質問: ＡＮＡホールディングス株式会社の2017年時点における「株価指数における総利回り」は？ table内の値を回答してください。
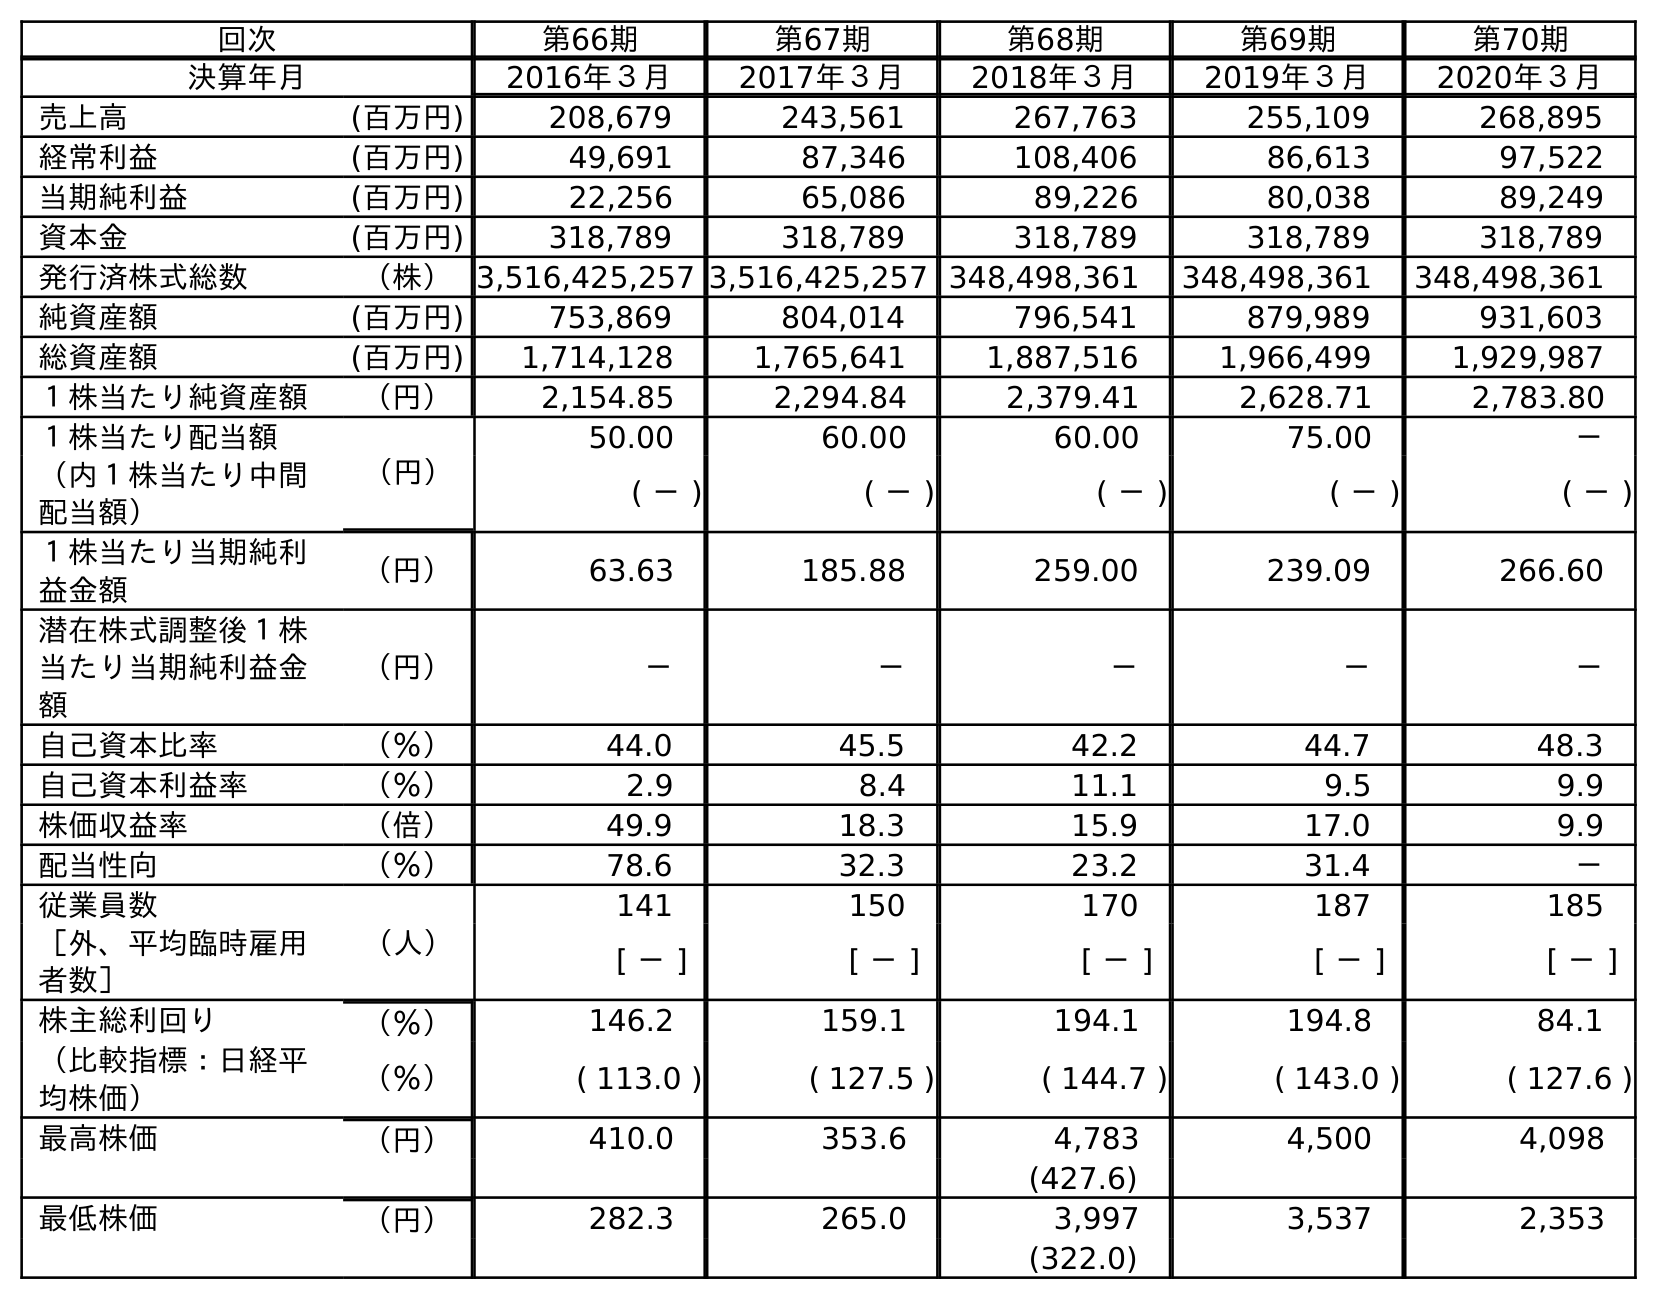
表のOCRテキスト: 回次 第66期 第67期 第68期 第69期 第70期 決算年月 2016年３月 2017年３月 2018年３月 2019年３月 2020年３月 売上高 (百万円) 208,679 243,561 267,763 255,109 268,895 経常利益 (百万円) 49,691 87,346 108,406 86,613 97,522 当期純利益 (百万円) 22,256 65,086 89,226 80,038 89,249 資本金 (百万円) 318,789 318,789 318,789 318,789 318,789 発行済株式総数 （株）3,516,425,257 3,516,425,257 348,498,361 348,498,361 348,498,361 純資産額 (百万円) 753,869 804,014 796,541 879,989 931,603 総資産額 (百万円) 1,714,128 1,765,641 1,887,516 1,966,499 1,929,987 １株当たり純資産額 （円） 2,154.85 2,294.84 2,379.41 2,628.71 2,783.80 １株当たり配当額 （円） 50.00 60.00 60.00 75.00 － （内１株当たり中間 配当額） ( － ) ( － ) ( － ) ( － ) ( － ) １株当たり当期純利 益金額 （円） 63.63 185.88 259.00 239.09 266.60 潜在株式調整後１株 当たり当期純利益金 額 （円） － － － － － 自己資本比率 （％） 44.0 45.5 42.2 44.7 48.3 自己資本利益率 （％） 2.9 8.4 11.1 9.5 9.9 株価収益率 （倍） 49.9 18.3 15.9 17.0 9.9 配当性向 （％） 78.6 32.3 23.2 31.4 － 従業員数 （人） 141 150 170 187 185 ［外、平均臨時雇用 者数］ [ － ] [ － ] [ － ] [ － ] [ － ] 株主総利回り （％） 146.2 159.1 194.1 194.8 84.1 （比較指標：日経平 均株価） （％） ( 113.0 ) ( 127.5 ) ( 144.7 ) ( 143.0 ) ( 127.6 ) 最高株価 （円） 410.0 353.6 4,783 4,500 4,098 (427.6) 最低株価 （円） 282.3 265.0 3,997 3,537 2,353 (322.0)
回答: (127.5)